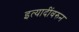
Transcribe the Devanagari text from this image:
इत्यादींवरुन